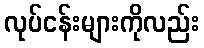
လုပ်ငန်းများကိုလည်း